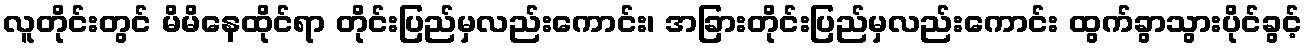
လူတိုင်းတွင် မိမိနေထိုင်ရာ တိုင်းပြည်မှလည်းကောင်း၊ အခြားတိုင်းပြည်မှလည်းကောင်း ထွက်ခွာသွားပိုင်ခွင့်